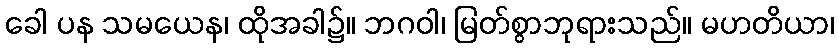
ခေါ ပန သမယေန၊ ထိုအခါ၌။ ဘဂဝါ၊ မြတ်စွာဘုရားသည်။ မဟတိယာ၊